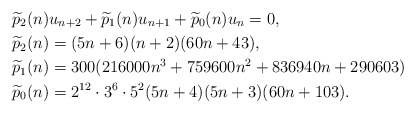
\begin{align*} &\widetilde{p}_2(n)u_{n+2}+\widetilde{p}_1(n)u_{n+1}+\widetilde{p}_0(n)u_{n} = 0, \\ &\widetilde{p}_2(n) = (5n + 6)(n + 2)(60n + 43), \\ &\widetilde{p}_1(n) = 300 (216000n^3 + 759600n^2 + 836940n + 290603) \\ &\widetilde{p}_0(n) = 2^{12} \cdot 3^6 \cdot 5^2 (5n + 4)(5n + 3)(60n + 103). \end{align*}